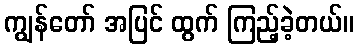
ကျွန်တော် အပြင် ထွက် ကြည့်ခဲ့တယ်။